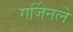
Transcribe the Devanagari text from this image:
गर्जिनले